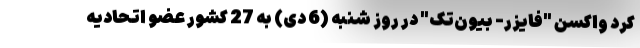
کرد واکسن "فایزر- بیون‌تک" در روز شنبه (6 دی) به 27 کشور عضو اتحادیه